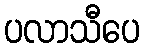
ပလာသီပေ